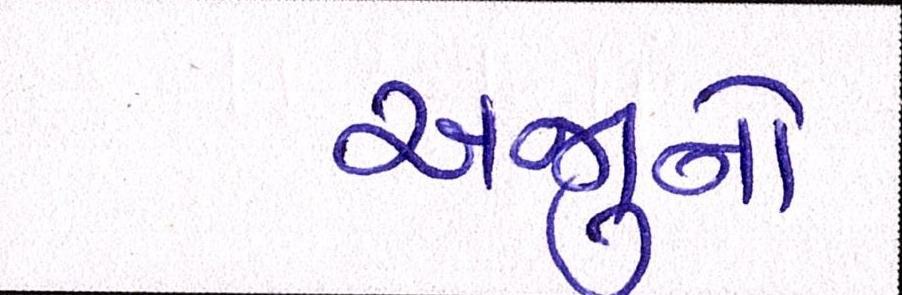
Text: અર્જુનો